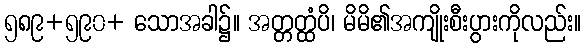
၅၈၉+၅၉၀+ သောအခါ၌။ အတ္တတ္ထံပိ၊ မိမိ၏အကျိုးစီးပွားကိုလည်း။